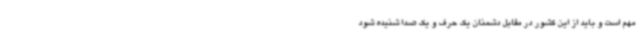
مهم است و باید از این کشور در مقابل دشمنان یک حرف و یک صدا شنیده شود